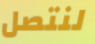
لنتصل